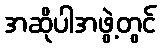
အဆိုပါအဖွဲ့တွင်